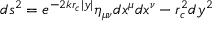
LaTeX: d s ^ { 2 } = e ^ { - 2 k r _ { c } \vert y \vert } \eta _ { \mu \nu } d x ^ { \mu } d x ^ { \nu } - r _ { c } ^ { 2 } d y ^ { 2 }